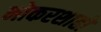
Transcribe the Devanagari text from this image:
नोकरशाहों